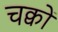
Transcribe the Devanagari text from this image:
चक्वों